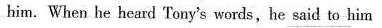
him. When he heard Tony's words,he said to him